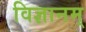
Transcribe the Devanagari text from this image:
विज्ञानम्